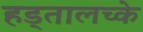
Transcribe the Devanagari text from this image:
हड्तालच्के